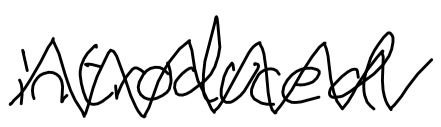
Text: introduced
Cross-out: zig-zag
Writing tool: digital_black